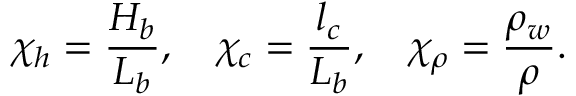
\chi _ { h } = \frac { H _ { b } } { L _ { b } } , \quad \chi _ { c } = \frac { l _ { c } } { L _ { b } } , \quad \chi _ { \rho } = \frac { \rho _ { w } } { \rho } .